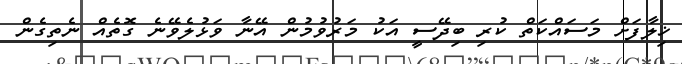
ޚިލާފަށް މަސައްކަތް ކުރި ބިދޭސީ އަކު މަރުވުމުން އޭނާ ވަޅުލެވޭނެ ގޮތެއް ނެތިގެން